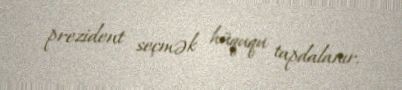
prezident seçmək hüququ tapdalanır.